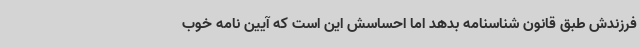
فرزندش طبق قانون شناسنامه بدهد اما احساسش این است که آیین نامه خوب